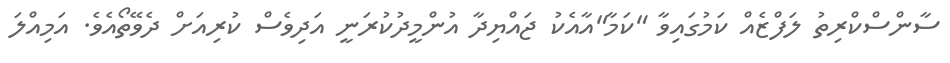
ސާންސްކްރިތު ލަފްޒެއް ކަމުގައިވާ "ކަމާ"އާއެކު ޖައްޔިދާ އުންމީދުކުރަނީ އަދިވެސް ކުރިއަށް ދެވޭތޯއެވެ. އަމިއްލަ